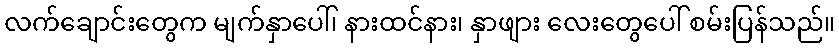
လက်ချောင်းတွေက မျက်နှာပေါ်၊ နားထင်နား၊ နှာဖျား လေးတွေပေါ် စမ်းပြန်သည်။